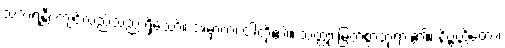
သံသရန္တီ၊ ကျင်လည်သည် ရှိသော်။ အမှာကံ၊ ငါတို့၏။ သတ္ထု၊ မြတ်စွာဘုရား၏။ နိဗ္ဗတ္တိတော၊